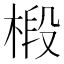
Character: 椴